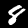
Digit: 8